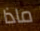
ماذا